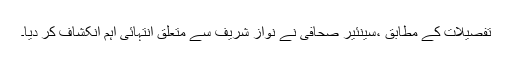
تفصیلات کے مطابق ،سینئیر صحافی نے نواز شریف سے متعلق انتہائی اہم انکشاف کر دیا۔